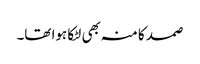
صمد کا منہ بھی لٹکا ہوا تھا۔